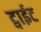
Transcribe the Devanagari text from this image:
ट्वाईट